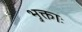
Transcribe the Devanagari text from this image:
भुक्ताः